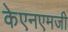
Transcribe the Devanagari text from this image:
केएनएमजी